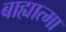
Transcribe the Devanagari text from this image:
बाह्यात्मा